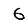
Digit: 6